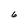
Character: 6